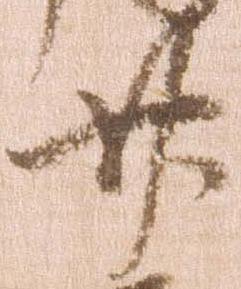
廿